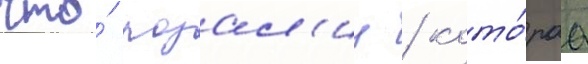
что́ розал'ин / кото́раа